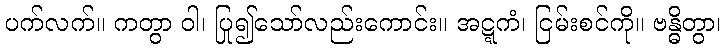
ပက်လက်။ ကတွာ ဝါ၊ ပြု၍သော်လည်းကောင်း။ အဋ္ဋကံ၊ ငြမ်းစင်ကို။ ဗန္ဓိတွာ၊